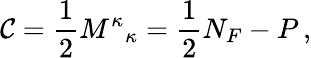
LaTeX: \mathcal{C}=\frac{{1}}{{2}}{M^{\kappa}}_{\kappa}=\frac{{1}}{{2}}N_{F}-P\, ,